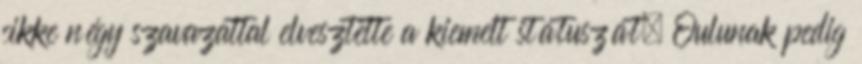
cikke négy szavazattal elvesztette a kiemelt státuszát, Oulunak pedig